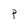
Character: p